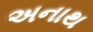
અનાથ